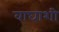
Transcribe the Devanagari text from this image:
वाघाशी